Annual report of the Civil Veterinary Department, Bengal, and of the Bengal Veterinary College, for the year 1900-1901 - 1900-1901
Year: 1900
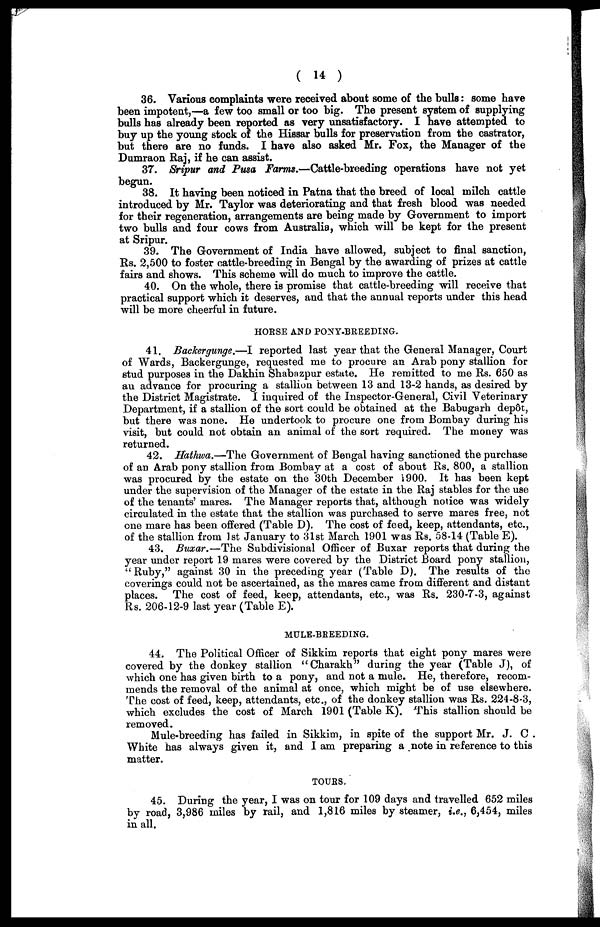
( 14 )
36. Various complaints were received about some of the bulls: some have
been impotent,—a few too small or too big. The present system of supplying
bulls has already been reported as very unsatisfactory. I have attempted to
buy up the young stock of the Hissar bulls for preservation from the castrator,
but there are no funds. I have also asked Mr. Fox, the Manager of the
Dumraon Raj, if he can assist.
37. Sripur and Pusa Farms.—Cattle-breeding operations have not yet
begun.
38. It having been noticed in Patna that the breed of local milch cattle
introduced by Mr. Taylor was deteriorating and that fresh blood was needed
for their regeneration, arrangements are being made by Government to import
two bulls and four cows from Australia, which will be kept for the present
at Sripur.
39. The Government of India have allowed, subject to final sanction,
Rs. 2,500 to foster cattle-breeding in Bengal by the awarding of prizes at cattle
fairs and shows. This scheme will do much to improve the cattle.
40. On the whole, there is promise that cattle-breeding will receive that
practical support which it deserves, and that the annual reports under this head
will be more cheerful in future.
HORSE AND PONY-BREEDING.
41. Backergunge.—I reported last year that the General Manager, Court
of Wards, Backergunge, requested me to procure an Arab pony stallion for
stud purposes in the Dakhin Shabazpur estate. He remitted to me Rs. 650 as
an advance for procuring a stallion between 13 and 13-2 hands, as desired by
the District Magistrate. I inquired of the Inspector-General, Civil Veterinary
Department, if a stallion of the sort could be obtained at the Babugarh depôt,
but there was none. He undertook to procure one from Bombay during his
visit, but could not obtain an animal of the sort required. The money was
returned.
42. Hathwa.—The Government of Bengal having sanctioned the purchase
of an Arab pony stallion from Bombay at a cost of about Rs. 800, a stallion
was procured by the estate on the 30th December 1900. It has been kept
under the supervision of the Manager of the estate in the Raj stables for the use
of the tenants' mares. The Manager reports that, although notice was widely
circulated in the estate that the stallion was purchased to serve mares free, not
one mare has been offered (Table D). The cost of feed, keep, attendants, etc.,
of the stallion from 1st January to 31st March 1901 was Rs. 58-14 (Table E).
43. Buxar.—The Subdivisional Officer of Buxar reports that during the
year under report 19 mares were covered by the District Board pony stallion,
"Ruby," against 30 in the preceding year (Table D). The results of the
coverings could not be ascertained, as the mares came from different and distant
places. The cost of feed, keep, attendants, etc., was Rs. 230-7-3, against
Rs. 206-12-9 last year (Table E).
MULE-BREEDING.
44. The Political Officer of Sikkim reports that eight pony mares were
covered by the donkey stallion "Charakh" during the year (Table J), of
which one has given birth to a pony, and not a mule. He, therefore, recom-
mends the removal of the animal at once, which might be of use elsewhere.
The cost of feed, keep, attendants, etc., of the donkey stallion was Rs. 224-8-3,
which excludes the cost of March 1901 (Table K). This stallion should be
removed.
Mule-breeding has failed in Sikkim, in spite of the support Mr. J. C .
White has always given it, and I am preparing a note in reference to this
matter.
TOURS.
45. During the year, I was on tour for 109 days and travelled 652 miles
by road, 3,986 miles by rail, and 1,816 miles by steamer, i.e., 6,454, miles
in all.